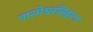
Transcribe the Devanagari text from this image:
पारमेश्वरसिद्धान्त